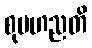
စုပဟညတိ